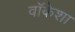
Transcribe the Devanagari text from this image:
वॉकेशा